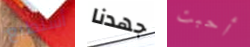
أستطيع جهدنا أحبت